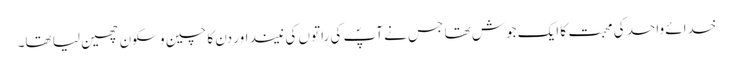
خدائے واحد کی محبت کا ایک جوش تھا جس نے آپؐ کی راتوں کی نیند اور دن کا چین و سکون چھین لیا تھا۔